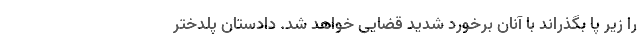
را زیر پا بگذراند با آنان برخورد شدید قضایی خواهد شد. دادستان پلدختر